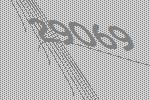
29069